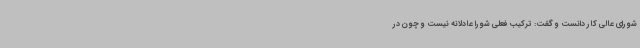
شورای عالی کار دانست و گفت: ترکیب فعلی شورا عادلانه نیست و چون در